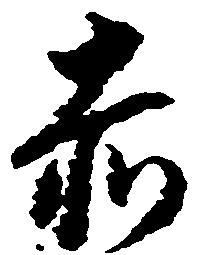
赤